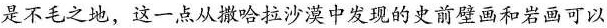
是不毛之地，这一点从撒哈拉沙漠中发现的史前壁画和岩画可以